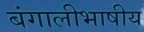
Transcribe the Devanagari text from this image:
बंगालीभाषीय